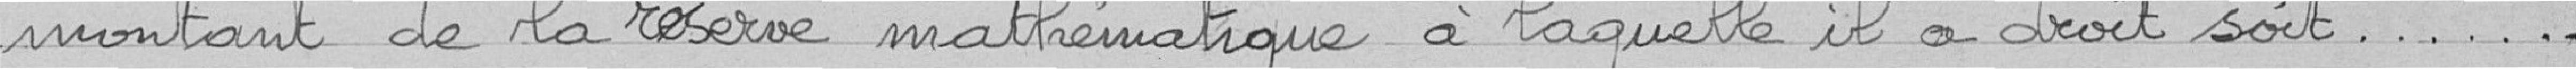
montant de la réserve mathématique à laquelle il a droit soit ... .